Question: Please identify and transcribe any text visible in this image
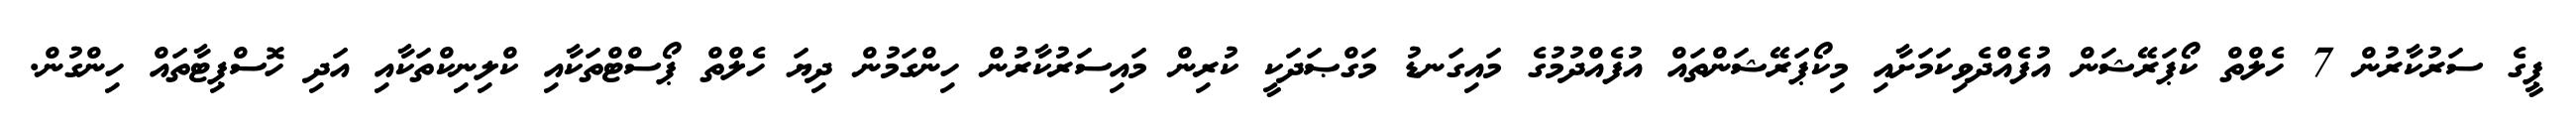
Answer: ޕީގެ ސަރުކާރުން 7 ހެލްތް ކޯޕަރޭޝަން އުފެއްދެވިކަމަށާއި މިކޯޕަރޭޝަންތައް އުފެއްދުމުގެ މައިގަނޑު މަގްޞަދަކީ ކުރިން މައިސަރުކާރުން ހިންގަމުން ދިޔަ ހެލްތް ޕޯސްޓްތަކާއި ކްލިނިކްތަކާއި އަދި ހޮސްޕިޓާތައް ހިންގުން.